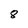
Character: 8